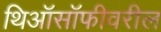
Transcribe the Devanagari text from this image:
थिऑसॉफीवरील